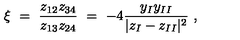
\xi \ = \ \frac { z _ { 1 2 } z _ { 3 4 } } { z _ { 1 3 } z _ { 2 4 } } \ = \ - 4 \frac { y _ { I } y _ { I I } } { | z _ { I } - z _ { I I } | ^ { 2 } } \ ,